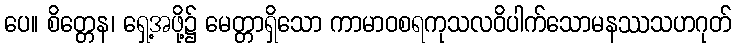
ပေ။ စိတ္တေန၊ ရှေ့အဖို့၌ မေတ္တာရှိသော ကာမာဝစရကုသလဝိပါက်သောမနဿသဟဂုတ်